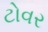
ટોવર